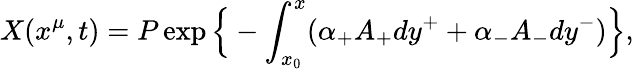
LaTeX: X(x^{\mu},t)=P\exp\Big\{ -\int_{x_{0}}^{x}(\alpha_{+}A_{+}dy^{+}+\alpha_{-}A_{-}dy^{-})\Big\} ,